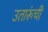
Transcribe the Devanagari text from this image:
उतारूंची